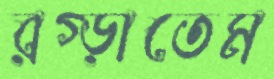
রগ্‌ড়াতেম